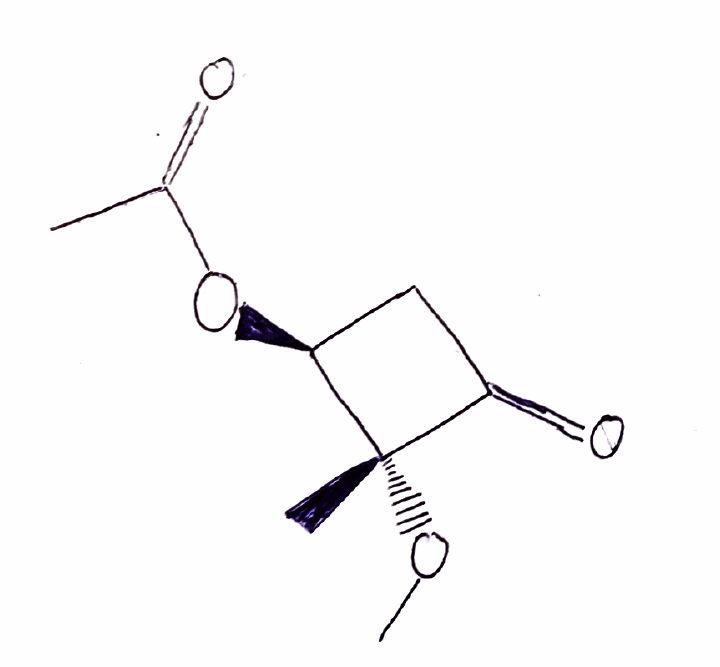
Simplified molecular-input line-entry system (SMILES) notation of the given molecule:
CC(=O)O[C@H]1CC(=O)[C@]1(C)OC